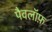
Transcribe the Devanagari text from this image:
पैवलॉफ़